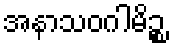
အနာသဝဂါမိဉ္စ